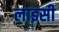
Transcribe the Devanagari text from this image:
लाइसी